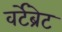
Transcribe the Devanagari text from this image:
वर्टेब्रेट